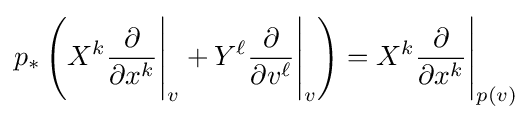
p_{*}\left(X^{k}{\frac {\partial }{\partial x^{k}}}{\Bigg |}_{v}+Y^{\ell }{\frac {\partial }{\partial v^{\ell }}}{\Bigg |}_{v}\right)=X^{k}{\frac {\partial }{\partial x^{k}}}{\Bigg |}_{p(v)}